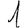
Digit: 1